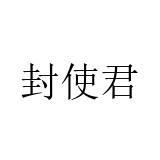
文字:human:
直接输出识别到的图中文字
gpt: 封使君